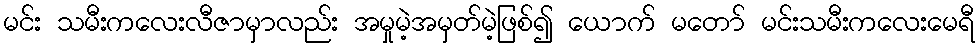
မင်း သမီးကလေးလီဇာမှာလည်း အမှုမဲ့အမှတ်မဲ့ဖြစ်၍ ယောက် မတော် မင်းသမီးကလေးမေရီ